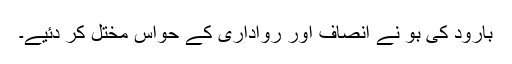
بارود کی بو نے انصاف اور رواداری کے حواس مختل کر دئیے۔